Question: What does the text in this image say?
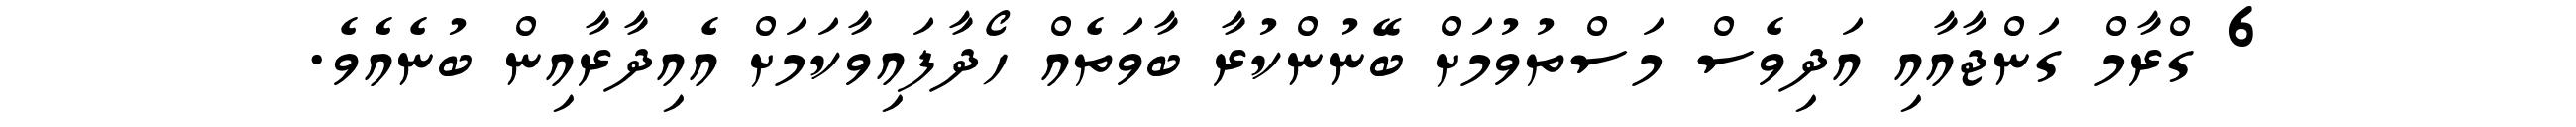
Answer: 6 ގްރާމް ގަންޖާއާއި އަދިވެސް މަސްތުވުމަށް ބޭނުންކުރާ ބާވަތެއް ހޯދާފައިވާކަމަށް އެއިދާރާއިން ބުނެއެވެ.